Mental hospitals Bombay report 1921-28 - 1921-1928
Year: 1921
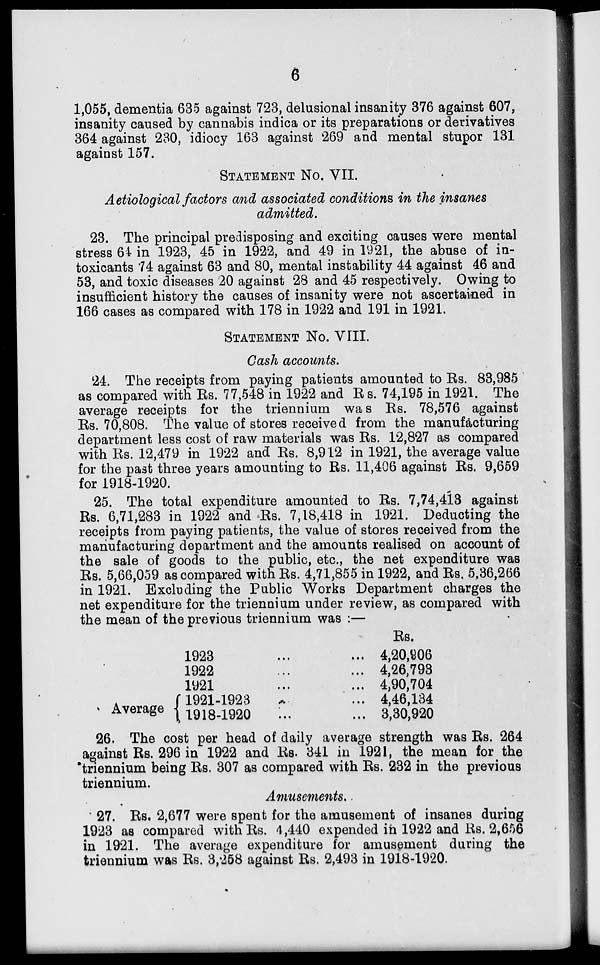
6
1,055, dementia 635 against 723, delusional insanity 376 against 607,
insanity caused by cannabis indica or its preparations or derivatives
364 against 230, idiocy 163 against 269 and mental stupor 131
against 157.
STATEMENT No. VII.
Aetiological factors and associated conditions in the insanes
admitted.
23. The principal predisposing and exciting causes were mental
stress 64 in 1923, 45 in 1922, and 49 in 1921, the abuse of in-
toxicants 74 against 63 and 80, mental instability 44 against 46 and
53, and toxic diseases 20 against 28 and 45 respectively. Owing to
insufficient history the causes of insanity were not ascertained in
166 cases as compared with 178 in 1922 and 191 in 1921.
STATEMENT No. VIII.
Cash accounts.
24. The receipts from paying patients amounted to Rs. 83,985
as compared with Rs. 77,548 in 1922 and Rs. 74,195 in 1921. The
average receipts for the triennium was Rs. 78,576 against
Rs. 70,808. The value of stores received from the manufacturing
department less cost of raw materials was Rs. 12,827 as compared
with Rs. 12,479 in 1922 and Rs. 8,912 in 1921, the average value
for the past three years amounting to Rs. 11,406 against Rs. 9,659
for 1918-1920.
25. The total expenditure amounted to Rs. 7,74,413 against
Rs. 6,71,283 in 1922 and Rs. 7,18,418 in 1921. Deducting the
receipts from paying patients, the value of stores received from the
manufacturing department and the amounts realised on account of
the sale of goods to the public, etc., the net expenditure was
Rs. 5,66,059 as compared with Rs. 4,71,855 in 1922, and Rs. 5,36,266
in 1921. Excluding the Public Works Department charges the
net expenditure for the triennium under review, as compared with
the mean of the previous triennium was :—
Average
1923 ... ...
1922 ... ...
1921 ... ...
1921-1923 ... ...
1918-1920 ... ...
Rs.
4,20,906
4,26,793
4,90,704
4,46,134
3,30,920
26. The cost per head of daily average strength was Rs. 264
against Rs. 296 in 1922 and Rs. 341 in 1921, the mean for the
triennium being Rs. 307 as compared with Rs. 232 in the previous
triennium.
Amusements.
27. Rs. 2,677 were spent for the amusement of insanes during
1923 as compared with Rs. 4,440 expended in 1922 and Rs. 2,656
in 1921. The average expenditure for amusement during the
triennium was Rs. 3,258 against Rs. 2,493 in 1918-1920.